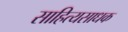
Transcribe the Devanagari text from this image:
साहित्यसाधक